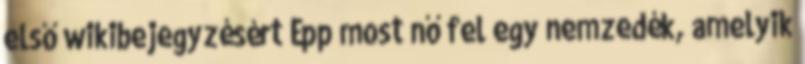
első wikibejegyzésért Épp most nő fel egy nemzedék, amelyik